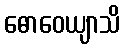
ဓောဝေယျာသိ